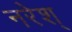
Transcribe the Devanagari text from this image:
नरेश्